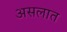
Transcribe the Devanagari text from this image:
असलात